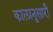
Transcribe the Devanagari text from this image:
कालानुसारी